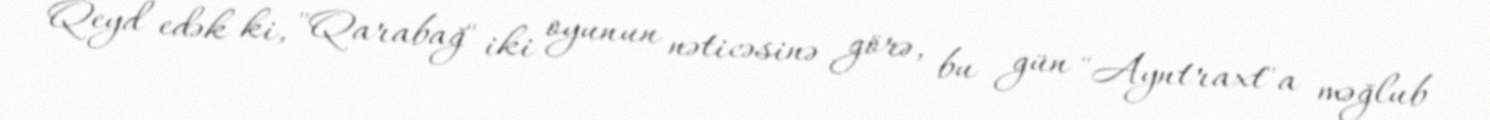
Qeyd edək ki, "Qarabağ" iki oyunun nəticəsinə görə, bu gün "Ayntraxt"a məğlub